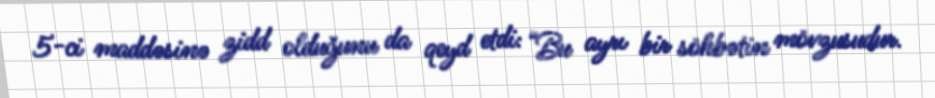
5-ci maddəsinə zidd olduğunu da qeyd etdi: “Bu ayrı bir söhbətin mövzusudur.